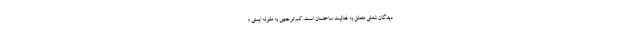
دیدگان شغلی متعلق به فعالیت ساختمان است. کم توجهی به مقوله ایمنی و